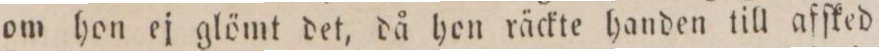
om hon ej glömt det, då hon räckte handen till afſked